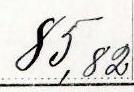
85,82